Account of plague administration in the Bombay Presidency from September 1896 till May 1897
Year: 1896
Disease focus: Plague
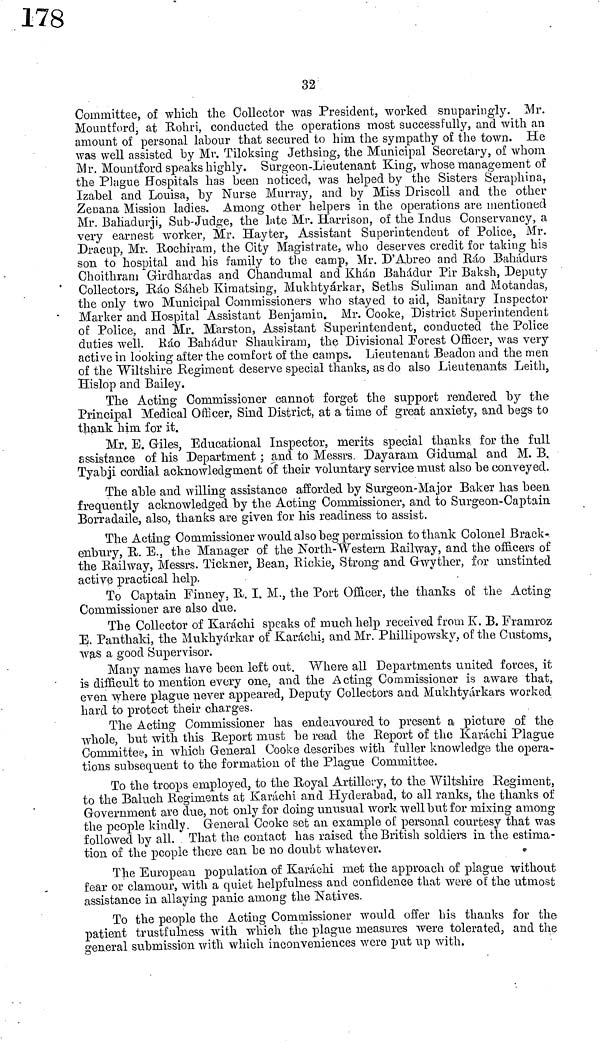
32
Committee, of which the Collector was President, worked snuparingly. Mr.
Mountford, at Rohri, conducted the operations most successfully, and with an
amount of personal labour that secured to him the sympathy of the town. He
was well assisted by Mr. Tiloksing Jethsing, the Municipal Secretary, of whom
Mr. Mountford speaks highly. Surgeon-Lieutenant King, whose management of
the Plague Hospitals has been noticed, was helped by the Sisters Seraphina,
Izabel and Louisa, by Nurse Murray, and by Miss Driscoll and the other
Zenana Mission ladies. Among other helpers in the operations are mentioned
Mr. Bahadurji, Sub-Judge, the late Mr. Harrison, of the Indus Conservancy, a
very earnest worker, Mr. Hayter, Assistant Superintendent of Police, Mr.
Dracup, Mr. Rochiram, the City Magistrate, who deserves credit for taking his
son to hospital and his family to the camp, Mr. D'Abreo and Ráo Bahadurs
Choithram Girdhardas and Chandumal and Khán Bahadur Pir Baksh, Deputy
Collectors, Ráo Sáheb Kimatsing, Mukhtyárkar, Seths Suliman and Motandas,
the only two Municipal Commissioners who stayed to aid, Sanitary Inspector
Marker and Hospital Assistant Benjamin. Mr. Cooke, District Superintendent
of Police, and Mr. Märston, Assistant Superintendent, conducted the Police
duties well. Ráo Bahadur Shaukiram, the Divisional Forest Officer, was very
active in looking after the comfort of the camps. Lieutenant Beadon and the men
of the Wiltshire Regiment deserve special thanks, as do also Lieutenants Leith,
Hislop and Bailey.
The Acting Commissioner cannot forget the support rendered by the
Principal Medical Officer, Sind District, at a time of great anxiety, and begs to
thank him for it.
Mr. E. Giles, Educational Inspector, merits special thanks for the full
assistance of his Department ; and to Messrs. Dayaram Gidumal and M. B.
Tyabji cordial acknowledgment of their voluntary service must also be conveyed.
The able and willing assistance afforded by Surgeon-Major Baker has been
frequently acknowledged by the Acting Commissioner, and to Surgeon-Captain
Borradaile, also, thanks are given for his readiness to assist.
The Acting Commissioner would also beg permission to thank Colonel Brack-
enbury, R. E., the Manager of the North-Western Railway, and the officers of
the Railway, Messrs. Tickner, Bean, Rickie, Strong and Gwyther, for unstinted
active practical help.
To Captain Finney, R. I. M., the Port Officer, the thanks of the Acting
Commissioner are also due.
The Collector of Karachi speaks of much help received from K. B. Framroz
E. Panthaki, the Mukhyárkar of Karachi, and Mr. Phillipowsky of the Customs,
was a good Supervisor.
Many names have been left out. Where all Departments united forces, it
is difficult to mention every one, and the Acting Commissioner is aware that,
even where plague never appeared, Deputy Collectors and Mukhtyárkars worked
hard to protect their charges.
The Acting Commissioner has endeavoured to present a picture of the
whole, but with this Report must be read the Report of the Karachi Plague
Committee, in which General Cooke describes with fuller knowledge the opera-
tions subsequent to the formation of the Plague Committee.
To the troops employed, to the Royal Artillery, to the Wiltshire Regiment,
to the Baluch Regiments at Karáchi and Hyderabad, to all ranks, the thanks of
Government are due, not only for doing unusual work well but for mixing among
the people kindly. General Cooke set an example of personal courtesy that was
followed by all. That the contact has raised the British soldiers in the estima-
tion of the people there can be no doubt whatever.
The European population of Karachi met the approach of plague without
fear or clamour, with a quiet helpfulness and confidence that were of the utmost
assistance in allaying panic among the Natives.
To the people the Acting Commissioner would offer bis thanks for the
patient trustfulness with which the plague measures were tolerated, and the
general submission with which inconveniences were put up with.